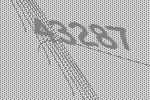
43287